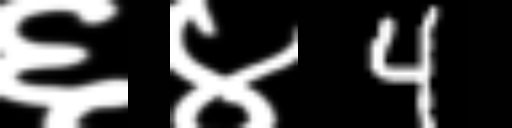
Text: ६४4